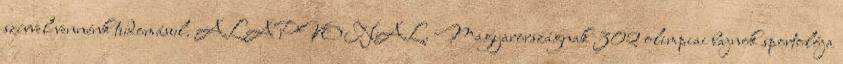
szívvel vennénk tudomásul. ALAPVONAL. Magyarországnak 302 olimpiai bajnok sportolója